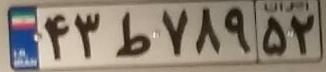
۴۳ط۷۸۹۵۲